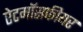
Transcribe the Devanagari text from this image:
ऐटमॉसफीयर